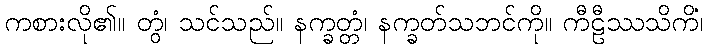
ကစားလို၏။ တွံ၊ သင်သည်။ နက္ခတ္တံ၊ နက္ခတ်သဘင်ကို။ ကီဠီဿသိကိံ၊